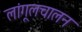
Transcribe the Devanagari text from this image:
लांगूलचालन